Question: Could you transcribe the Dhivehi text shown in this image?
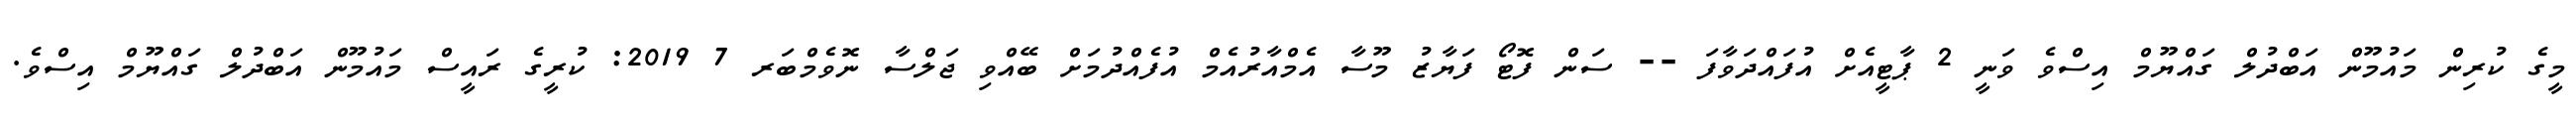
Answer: މީގެ ކުރިން މައުމޫން އަބްދުލް ގައްޔޫމް އިސްވެ ވަނީ 2 ޕާޓީއެށް އުފައްދަވާފަ -- ސަން ފޮޓޯ ފަޔާޒު މޫސާ އެމްއާރުއެމް އުފެއްދުމަށް ބޭއްވި ޖަލްސާ ނޮވެމްބަރ 7 2019: ކުރީގެ ރައީސް މައުމޫން އަބްދުލް ގައްޔޫމް އިސްވެ.